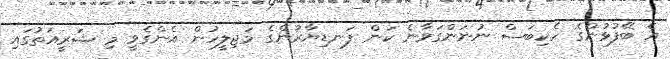
އެ ބޭފުޅުންގެ ހެކިބަސް ނުނަންގަވާނެ ކަން ފަނޑިޔާރުންގެ މަޖިލީހުން އެންގެވީ މި ޝަރީއަތުގައި